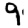
Digit: 9